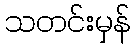
သတင်းမှန်